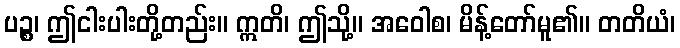
ပဉ္စ၊ ဤငါးပါးတို့တည်း။ ဣတိ၊ ဤသို့။ အဝေါစ၊ မိန့်တော်မူ၏။ တတိယံ၊